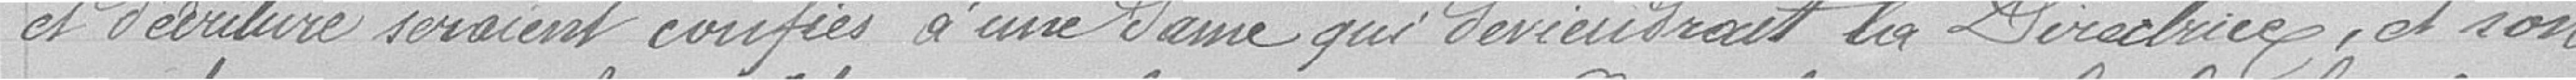
d'écriture seraient confiés à une dame qui deviendrait la Directrice, et son